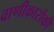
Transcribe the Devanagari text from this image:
वाणीकारोंकी